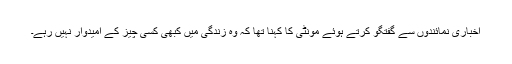
اخباری نمائندوں سے گفتگو کرتے ہوئے مونٹی کا کہنا تھا کہ وہ زندگی میں کبھی کسی چیز کے امیدوار نہیں رہے۔